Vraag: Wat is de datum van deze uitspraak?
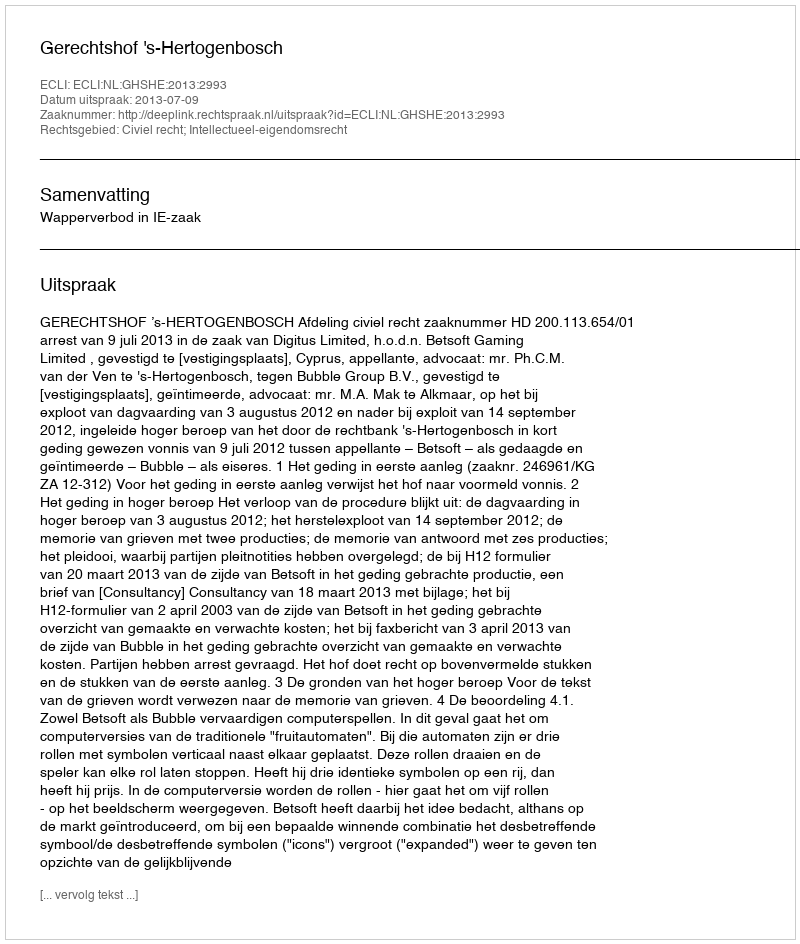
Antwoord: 2013-07-09